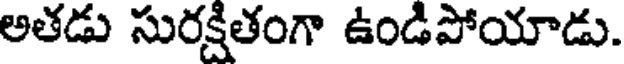
అతడు సురక్షితంగా ఉండిపోయాడు.